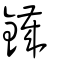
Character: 鐬